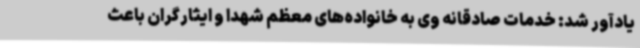
یادآور شد: خدمات صادقانه وی به خانواده‌های معظم شهدا و ایثارگران باعث